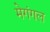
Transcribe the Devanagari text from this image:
मेगंगल